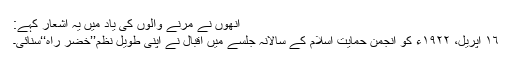
انھوں نے مرنے والوں کی یاد میں یہ اشعار کہے:
١٦ اپریل، ١٩٢٢ء کو انجمن حمایتِ اسلام کے سالانہ جلسے میں اقبال نے اپنی طویل نظم’’خضر راہ‘‘سنائی۔